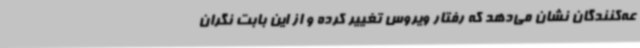
عه‌کنندگان نشان می‌دهد که رفتار ویروس تغییر کرده و از این بابت نگران